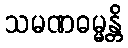
သမဏဓမ္မန္တိ